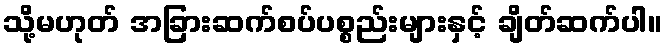
သို့မဟုတ် အခြားဆက်စပ်ပစ္စည်းများနှင့် ချိတ်ဆက်ပါ။